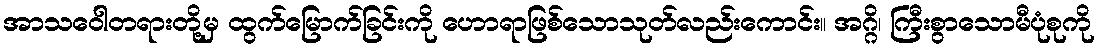
အာသဝေါတရားတို့မှ ထွက်မြောက်ခြင်းကို ဟောရာဖြစ်သောသုတ်လည်းကောင်း။ အဂ္ဂိ၊ ကြီးစွာသောမီပုံစုကို